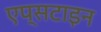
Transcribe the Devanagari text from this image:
एप्सटाइन